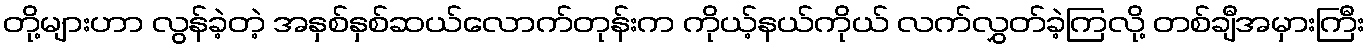
တို့များဟာ လွန်ခဲ့တဲ့ အနှစ်နှစ်ဆယ်လောက်တုန်းက ကိုယ့်နယ်ကိုယ် လက်လွှတ်ခဲ့ကြလို့ တစ်ချီအမှားကြီး